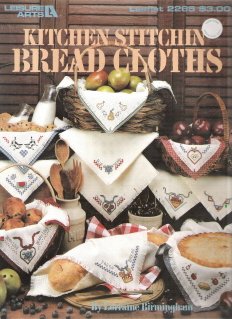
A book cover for Kitchen Stitchin' Bread Cloths (Leaflet 2265) (Leisure Arts); Lorraine Birmingham; Crafts, Hobbies & Home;